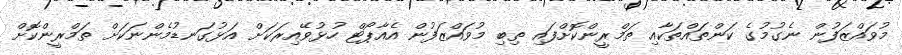
މުވައްޒަފުން ނެގުމުގެ ކަންތައްތަކާއި ތަމްރީންކޮށްފައި ތިބި މުވައްޒަފުން އެއާޕޯޓް ހުޅުވޭއިރަކަށް އަޅުގަނޑުމެންނަކަށް ތަމްރީންކޮށް